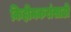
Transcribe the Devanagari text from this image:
किहीमकरांसाठी